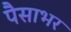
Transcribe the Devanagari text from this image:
पैसाभर